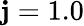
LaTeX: \mathbf{j}=1.0